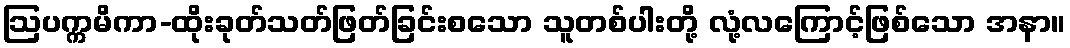
ဩပက္ကမိကာ-ထိုးခုတ်သတ်ဖြတ်ခြင်းစသော သူတစ်ပါးတို့ လုံ့လကြောင့်ဖြစ်သော အနာ။